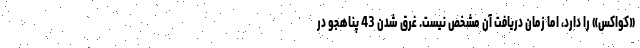
«کواکس» را دارد، اما زمان دریافت آن مشخص نیست. غرق شدن 43 پناهجو در